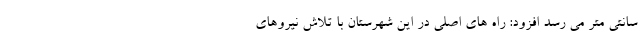
سانتی متر می رسد افزود: راه های اصلی در این شهرستان با تلاش نیروهای